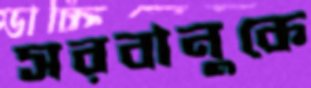
সরবানুকে